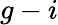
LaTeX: g-i